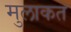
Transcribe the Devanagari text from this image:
मुलाकत